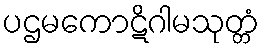
ပဌမကောဋိဂါမသုတ္တံ